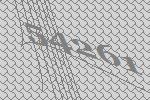
54261